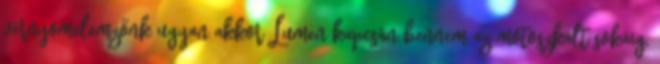
vérnyomelemzőnk ugyan akkor Lumen kapcsán bennem az motoszkált sokáig,